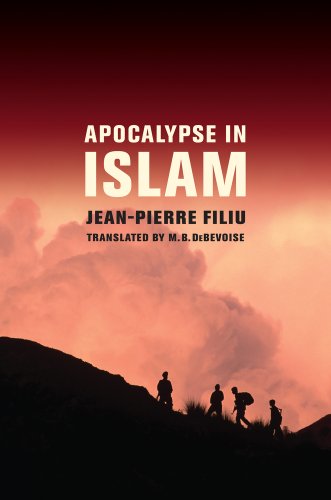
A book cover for Apocalypse in Islam; Jean-Pierre Filiu; Religion & Spirituality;